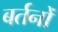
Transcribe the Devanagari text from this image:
बर्तनोँ